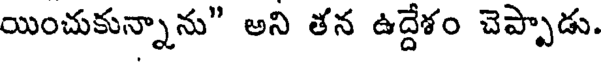
యించుకున్నాను" అని తన ఉద్దేశం చెప్పాడు.